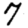
Digit: 7